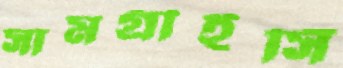
সামগ্রীইসিঁ